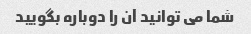
شما می توانید آن را دوباره بگویید